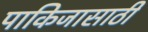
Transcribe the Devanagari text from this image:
पाकिजासाठी